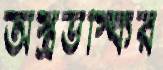
অস্ত্রভস্কির